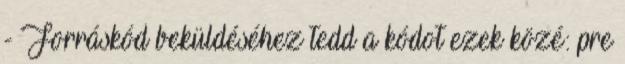
- Forráskód beküldéséhez tedd a kódot ezek közé: pre